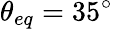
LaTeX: {\theta_{eq}}=35^{\circ}